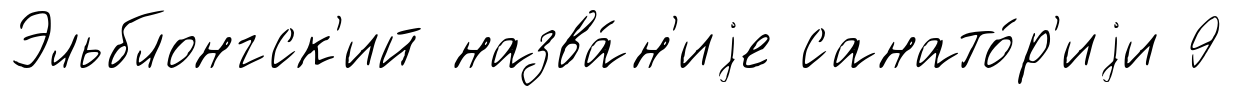
Эльблонгск'ий назва́н'иjе санато́р'иjи 9